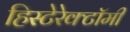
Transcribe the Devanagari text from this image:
हिस्टेरेक्टॉमी